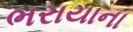
ભરાયાના